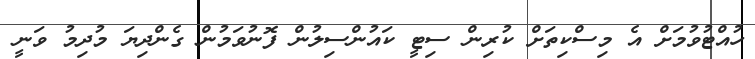
ހުއްޓުވުމަށް އެ މިސްކިތަށް ކުރިން ސިޓީ ކައުންސިލުން ފޮނުވަމުން ގެންދިޔަ މުދިމު ވަނީ